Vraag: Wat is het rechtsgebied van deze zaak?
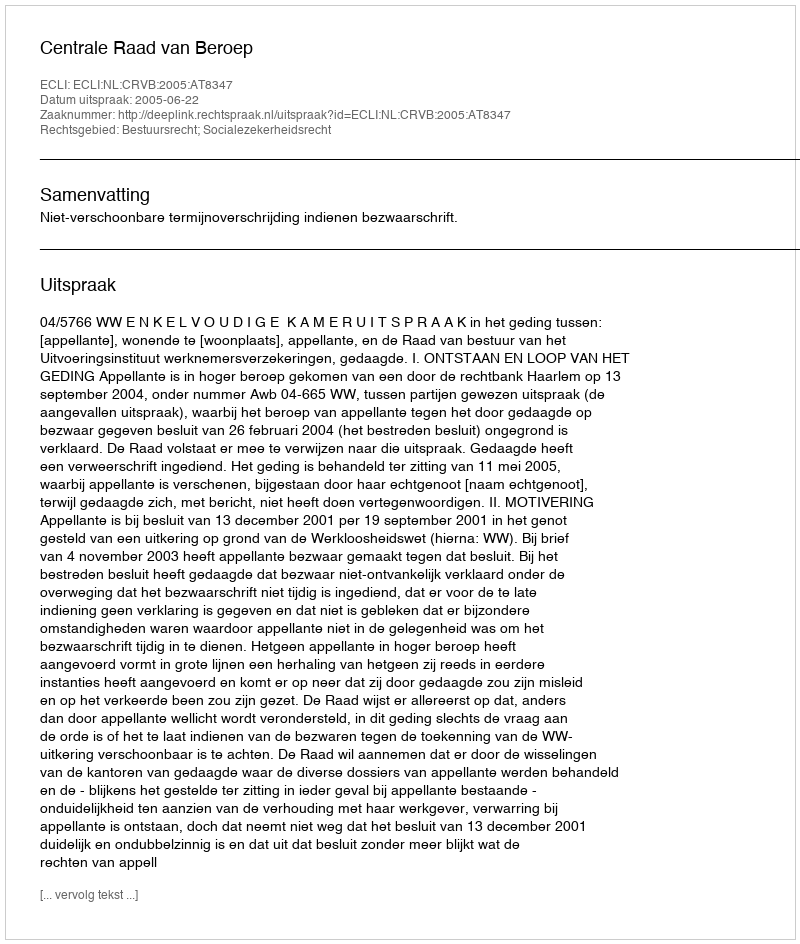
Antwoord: Bestuursrecht; Socialezekerheidsrecht